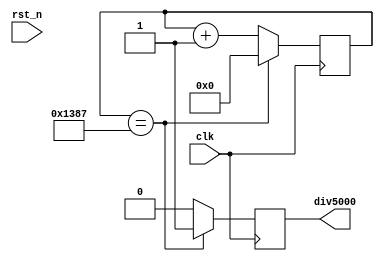
module clk_5000(clk,rst_n,div5000);
input clk,rst_n;
output div5000;
reg div5000;
reg[12:0]cnt;
always @(posedge clk)
begin 
     if(!rst_n)begin cnt<=0;end
     if(cnt==4999)begin div5000<=1;cnt<=0;end
     else begin cnt<=cnt+1;div5000<=0;end
end
endmodule